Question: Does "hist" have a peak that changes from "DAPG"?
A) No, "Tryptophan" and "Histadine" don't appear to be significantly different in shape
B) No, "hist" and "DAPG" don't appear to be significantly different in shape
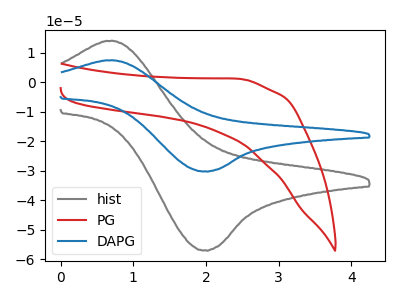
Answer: <think>The gray curve "hist" has an anodic peak at (0.70V, 14.05uA) and a cathodic peak at (2.00V, -57.00uA). The red curve "PG" has no peaks. The blue curve "DAPG" has an anodic peak at (0.70V, 7.45uA) and a cathodic peak at (2.00V, -30.25uA).
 All the peaks in "hist" have a peak in "DAPG" at the same potential. Every peak in "hist" is higher than every peak in "DAPG".</think>
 <answer>B) No, "hist" and "DAPG" don't appear to be significantly different in shape</answer>
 <eval>B</eval>